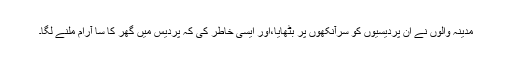
مدینہ والوں نے ان پردیسیوں کو سرآنکھوں پر بٹھایا،اور ایسی خاطر کی کہ پردیس میں گھر کا سا آرام ملنے لگا۔